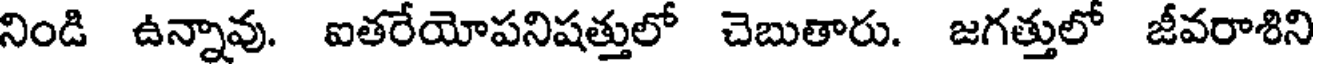
నిండి ఉన్నావు. ఐతరేయోపనిషత్తులో చెబుతారు. జగత్తులో జీవరాశిని